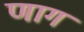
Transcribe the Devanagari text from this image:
णाग